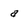
Character: a